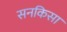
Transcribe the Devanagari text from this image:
सनकिसा